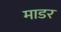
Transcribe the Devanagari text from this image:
माडर